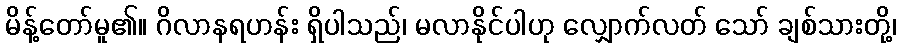
မိန့်တော်မူ၏။ ဂိလာနရဟန်း ရှိပါသည်၊ မလာနိုင်ပါဟု လျှောက်လတ် သော် ချစ်သားတို့၊